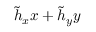
\tilde { h } _ { x } x + \tilde { h } _ { y } y